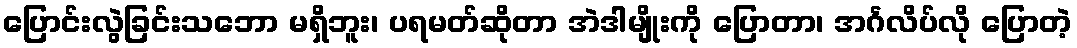
ပြောင်းလွဲခြင်းသဘော မရှိဘူး၊ ပရမတ်ဆိုတာ အဲဒါမျိုးကို ပြောတာ၊ အင်္ဂလိပ်လို ပြောတဲ့